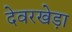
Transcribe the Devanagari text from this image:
देवरखेड़ा